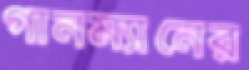
গানম্যানের